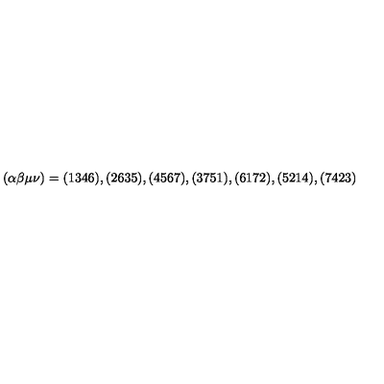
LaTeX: ( \alpha \beta \mu \nu ) = ( 1 3 4 6 ) , ( 2 6 3 5 ) , ( 4 5 6 7 ) , ( 3 7 5 1 ) , ( 6 1 7 2 ) , ( 5 2 1 4 ) , ( 7 4 2 3 )